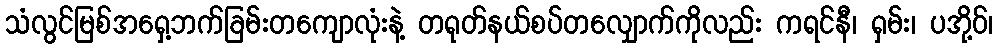
သံလွင်မြစ်အရှေ့ဘက်ခြမ်းတကျောလုံးနဲ့ တရုတ်နယ်စပ်တလျှောက်ကိုလည်း ကရင်နီ၊ ရှမ်း၊ ပအို့ဝ်၊